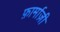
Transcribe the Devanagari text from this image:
फ़ार्माज़ी